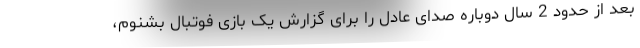
بعد از حدود 2 سال دوباره صدای عادل را برای گزارش یک بازی فوتبال بشنوم،